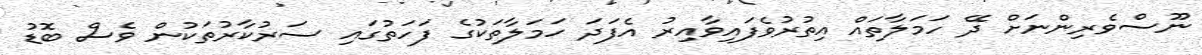
ނޫސްވެރިންނަށް ދޭ ހަމަލާތައް އިތުރުވެފައިވާއިރު އެފަދަ ހަމަލާތަކުގެ ފަހަތުގައި ސަރުކާރުތަކުން ވެސް ބޮޑު